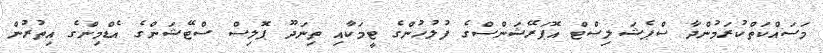
މަސައްކަތްކުރަމުންދާ ސްޕެޝަލިސްޓް އޮޕަރޭޝަންސްގެ ފުލުހުންގެ ޓީމަކާއި ތިނަދޫ ޕޮލިސް ސްޓޭޝަންގެ އެޑްމިންގެ އިތުރުން